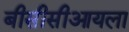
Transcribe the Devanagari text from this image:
बीसीसीआयला